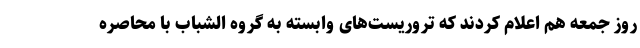
روز جمعه هم اعلام کردند که تروریست‌های وابسته به گروه الشباب با محاصره